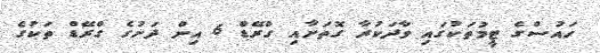
ހައުސްގެ ޓީމުތަކުގައި ވާދަކުރާ ގޮތަށާއި ގްރޭޑް 6 އިން ދަށުގެ ގްރޭޑް ތަކުގެ